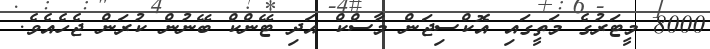
8000 މީޓަރުގެ މަތީގައި އޮކްސިޖަން މާސްކް އަދި ޓޭންކް ބޭނުން ކުރަން ޖެހެއެވެ.